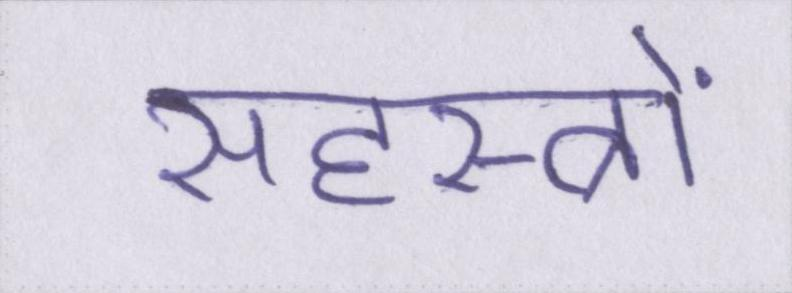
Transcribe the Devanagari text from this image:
सहस्त्रों